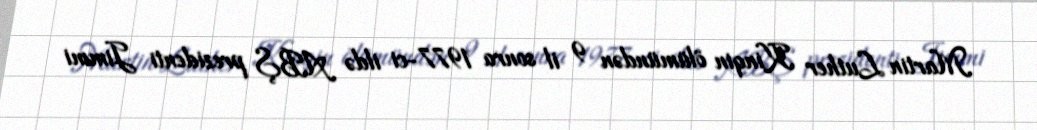
Martin Luther Kinqin ölümündən 9 il sonra 1977-ci ildə ABŞ prezidenti Jimmi